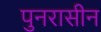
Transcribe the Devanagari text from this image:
पुनरासीन